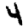
Digit: 4